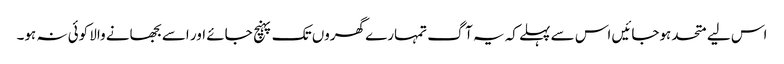
اس لیے متحد ہوجائیں اس سے پہلے کہ یہ آگ تمہارے گھروں تک پہنچ جائے اور اسے بجھانے والا کوئی نہ ہو۔